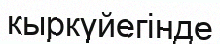
кыркүйегінде